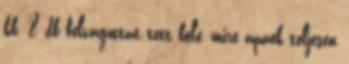
kb. 8 db felvágottat tett bele, mire apáék teljesen